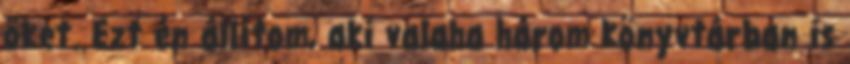
őket. Ezt én állítom, aki valaha három könyvtárban is